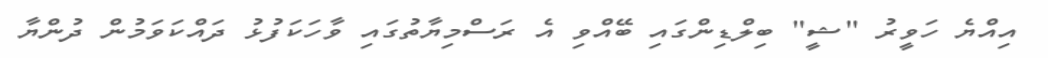
އިއްޔެ ހަވީރު "ޝީ" ބިލްޑިންގައި ބޭއްވި އެ ރަސްމިޔާތުގައި ވާހަކަފުޅު ދައްކަވަމުން ދުންޔާ